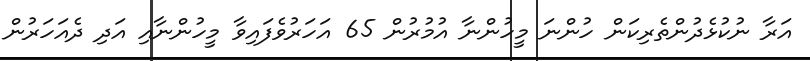
އަރާ ނުކުޅެދުންތެރިކަން ހުންނަ މީހުންނާ އުމުރުން 65 އަހަރުވެފައިވާ މީހުންނާއި އަދި ދެއަހަރުން